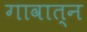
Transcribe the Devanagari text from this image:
गावात्न